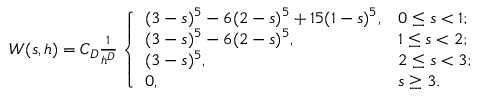
\begin{array} { r } { W ( s , h ) = C _ { D } \frac { 1 } { h ^ { D } } \left\{ \begin{array} { l l } { ( 3 - s ) ^ { 5 } - 6 ( 2 - s ) ^ { 5 } + 1 5 ( 1 - s ) ^ { 5 } , } & { 0 \leq s < 1 ; } \\ { ( 3 - s ) ^ { 5 } - 6 ( 2 - s ) ^ { 5 } , } & { 1 \leq s < 2 ; } \\ { ( 3 - s ) ^ { 5 } , } & { 2 \leq s < 3 ; } \\ { 0 , } & { s \geq 3 . } \end{array} \right. } \end{array}